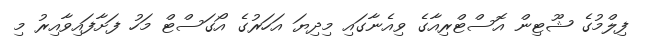
ފިލްމުގެ ޝޫޓިން އޮސްޓްރިއާގެ ވިއެނާގައި މިދިޔަ އަހަރުގެ އޯގަސްޓް މަހު ފަށާފައިވާއިރު މި